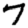
Digit: 7